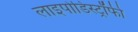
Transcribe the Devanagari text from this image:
लाइपोडिस्ट्रॉफी